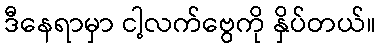
ဒီနေရာမှာ ငါ့လက်ဗွေကို နှိပ်တယ်။